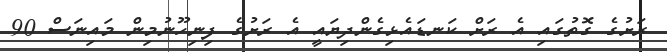
ރަށުގެ ގޮތުގައި އެ ރަށް ކަނޑައެޅިގެންދިޔައީ އެ ރަށުގެ ފިނިހޫނުމިން މައިނަސް 90